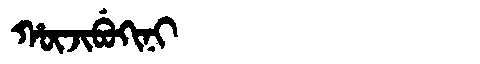
Manchu: ᡥᡡᠵᡳᠪᡠᡴᡳᠨᡳ
Romanization: HŪJIBUKINI